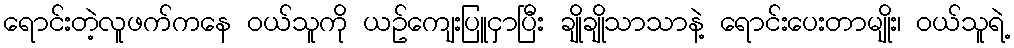
ရောင်းတဲ့လူဖက်ကနေ ၀ယ်သူကို ယဥ်ကျေးပြူငှာပြီး ချိုချိုသာသာနဲ့ ရောင်းပေးတာမျိုး၊ ၀ယ်သူရဲ့